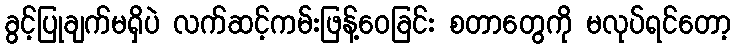
ခွင့်ပြုချက်မရှိပဲ လက်ဆင့်ကမ်းဖြန့်ဝေခြင်း စတာတွေကို မလုပ်ရင်တော့